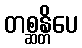
တစ္ဆန္တိပေ